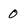
Character: 0